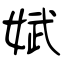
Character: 娬